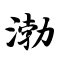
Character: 渤